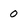
Character: 0